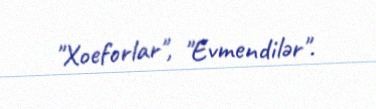
"Xoeforlar", "Evmendilər".